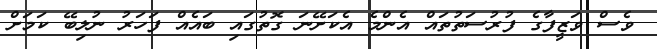
ވެސް ވަޒީފާގެ ފުރުސަތުތައް އެންމެ އެކަށޭނަ ގޮތުގައި ބައެއް ފަހަރު ނުލިބޭ ކަމަށް